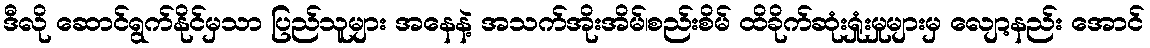
ဒီလို ဆောင်ရွက်နိုင်မှသာ ပြည်သူများ အနေနဲ့ အသက်အိုးအိမ်၊စည်းစိမ် ထိခိုက်ဆုံးရှုံးမှုများမှ လျော့နည်း အောင်